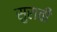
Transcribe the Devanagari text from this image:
सुरावी